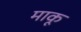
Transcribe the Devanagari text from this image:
माकू